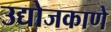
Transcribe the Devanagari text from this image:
उद्योजकाणे